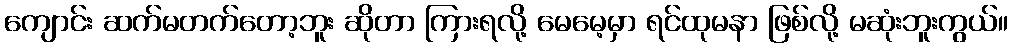
ကျောင်း ဆက်မတက်တော့ဘူး ဆိုတာ ကြားရလို့ မေမေ့မှာ ရင်ထုမနာ ဖြစ်လို့ မဆုံးဘူးကွယ်။